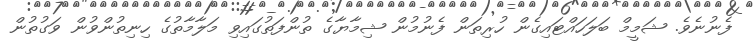
ފެނުނެވެ. ޝަމީމް ބަލަހައްޓައިގެން ހުރިތަން ފެނުމުން ޝިމާޔާގެ ތުންފަތުގައިވި މަލާމާތުގެ ހިނިތުންވުން ވަގުތުން